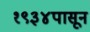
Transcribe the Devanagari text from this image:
१९३४पासून